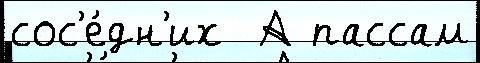
сос'е́дн'их  А пассам